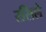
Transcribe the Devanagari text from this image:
रसिले